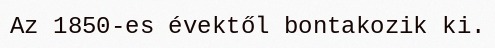
Az 1850-es évektől bontakozik ki.